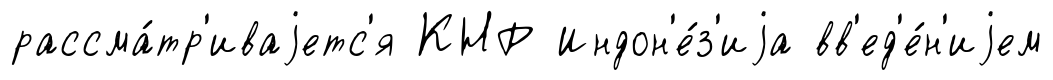
рассма́тр'иваjетс'я КНР Индон'е́з'иjа вв'ед'е́н'иjем